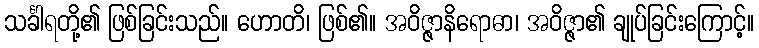
သင်္ခါရတို့၏ ဖြစ်ခြင်းသည်။ ဟောတိ၊ ဖြစ်၏။ အဝိဇ္ဇာနိရောဓာ၊ အဝိဇ္ဇာ၏ ချုပ်ခြင်းကြောင့်။